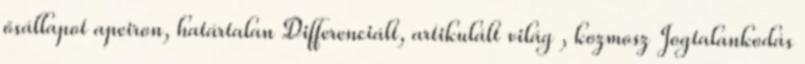
ősállapot apeiron, határtalan Differenciált, artikulált világ , kozmosz Jogtalankodás